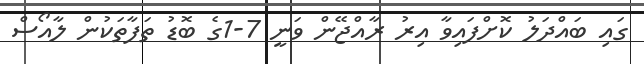
ގައި ބައްދަލު ކޮށްފައިވާ އިރު ރާއްޖޭން ވަނީ 7-1ގެ ބޮޑު ތަފާތަކުން ލާއޯސް